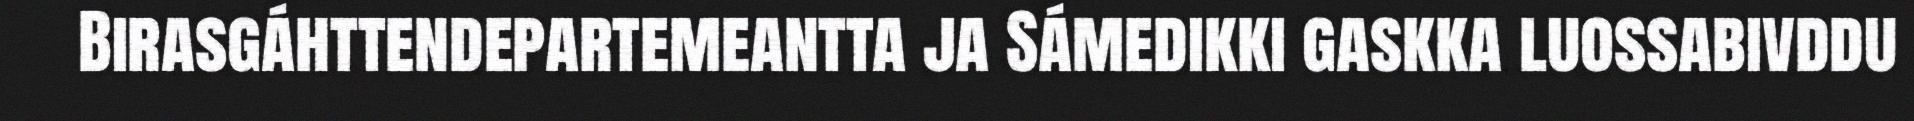
Birasgáhttendepartemeantta ja Sámedikki gaskka luossabivddu